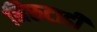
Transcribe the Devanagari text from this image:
निरुटाडी